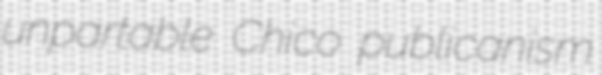
unpartable Chico publicanism